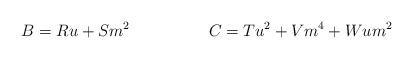
LaTeX: \begin{align*}B = R u + S m^2 \hspace{2cm} C = T u^2 + V m^4 + W u m^2\end{align*}